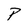
Character: P